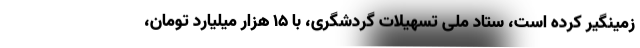
زمینگیر کرده است، ستاد ملی تسهیلات گردشگری، با 15 هزار میلیارد تومان،